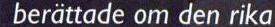
berättade on den rika